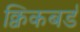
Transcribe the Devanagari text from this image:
क्विकबर्ड